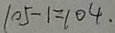
1 0 5 - 1 = 1 0 4 .